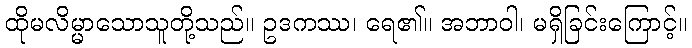
ထိုမလိမ္မာသောသူတို့သည်။ ဥဒကဿ၊ ရေ၏။ အဘာဝါ၊ မရှိခြင်းကြောင့်။